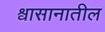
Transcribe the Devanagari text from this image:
श्वासानातील